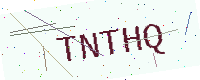
Text: TNTHQ